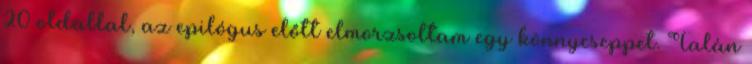
20 oldallal, az epilógus előtt elmorzsoltam egy könnycseppet. Talán